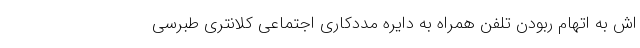
اش به اتهام ربودن تلفن همراه به دایره مددکاری اجتماعی کلانتری طبرسی